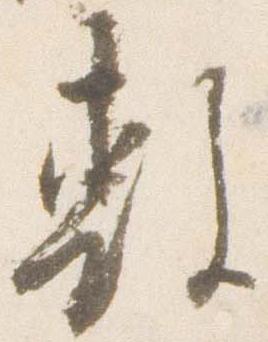
敷